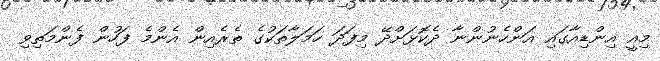
މިއީ އިންޑިއާގައި އަންހެނުންނާ ދެކޮޅަށްދޭ މިފަދަ ހަމަލާތަކުގެ ތެރެއިން އެންމެ ފަހުން ފެންމަތިވި